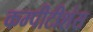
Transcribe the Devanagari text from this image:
कम्पीटीशंस